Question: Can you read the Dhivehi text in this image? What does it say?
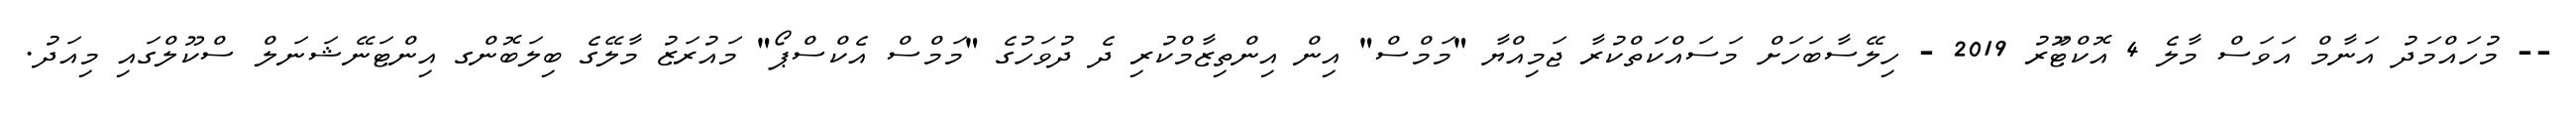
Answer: -- މުހައްމަދު އަނާމް އަވަސް މާލެ 4 އޮކްޓޫަރު 2019 - ހިލޭސާބަހަށް މަސައްކަތްކުރާ ޖަމިއްޔާ "މަމްސް" އިން އިންތިޒާމްކުރި ދެ ދުވަހުގެ "މަމްސް އެކްސްޕޯ" މައުރަޒު މާލޭގެ ބިލަބޮންގ އިންޓަނޭޝަނަލް ސްކޫލްގައި މިއަދު.